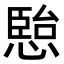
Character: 𭞏